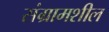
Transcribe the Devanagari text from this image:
संग्रामशील